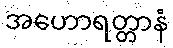
အဟောရတ္တာနံ